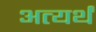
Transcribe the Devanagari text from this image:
अत्यर्थं